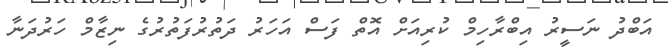
އަބްދު ނަސީރު އިބްރާހިމް ކުރިއަށް އޮތް ފަސް އަހަރު ދަތުރުފަތުރުގެ ނިޒާމް ހަރުދަނާ